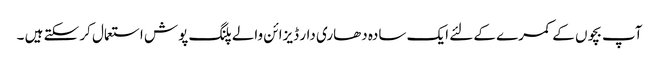
آپ بچوں کے کمرے کے لئے ایک سادہ دھاری دار ڈیزائن والے پلنگ پوش استعمال کر سکتے ہیں ۔